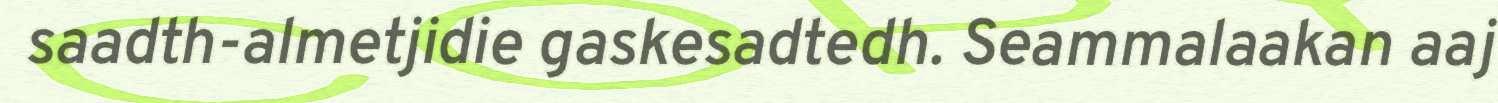
saadth-almetjidie gaskesadtedh. Seammalaakan aaj